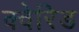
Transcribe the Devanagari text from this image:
क्वेरिड